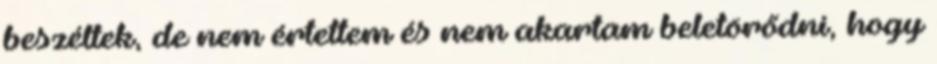
beszéltek, de nem értettem és nem akartam beletörődni, hogy